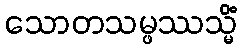
သောတသမ္ဖဿသ္မိံ